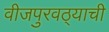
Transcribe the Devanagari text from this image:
वीजपुरवठ्याची